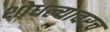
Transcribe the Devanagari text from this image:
शोधल्यावरच